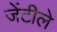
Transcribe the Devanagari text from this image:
जेंटीले